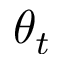
\theta _ { t }